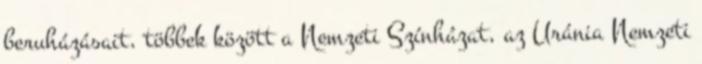
beruházásait, többek között a Nemzeti Színházat, az Uránia Nemzeti